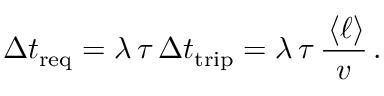
\Delta t _ { \mathrm { r e q } } = \lambda \, \tau \, \Delta t _ { \mathrm { t r i p } } = \lambda \, \tau \, \frac { \, \langle \ell \rangle } { v } \, .